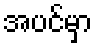
အပင်မှာ